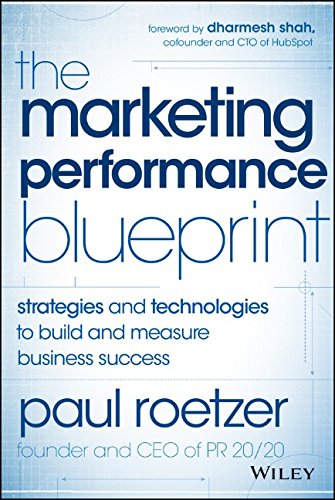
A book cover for The Marketing Performance Blueprint: Strategies and Technologies to Build and Measure Business Success; Paul Roetzer; Business & Money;